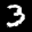
Label: 3